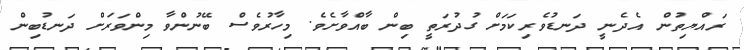
ރައްޔިތުން އެދެނީ ދަނޑުވެރިކަމަށް ގުދުރަތީ ބިން ބާއްވާށެވެ. މިހާރުވެސް ބޭނުންވާ މިންވަރަށް ދަނޑުބިން